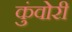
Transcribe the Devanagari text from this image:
कुंवोरी